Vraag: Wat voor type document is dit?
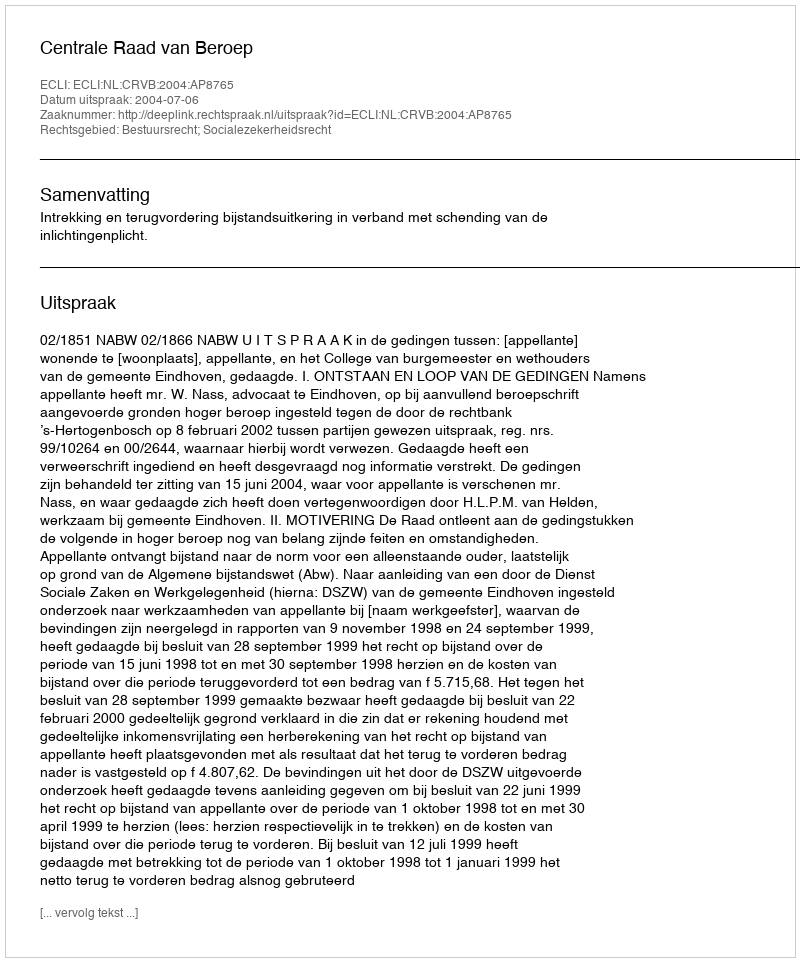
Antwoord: Uitspraak